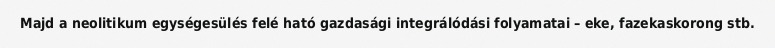
Majd a neolitikum egységesülés felé ható gazdasági integrálódási folyamatai – eke, fazekaskorong stb.